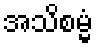
အသိစမ္မံ